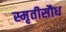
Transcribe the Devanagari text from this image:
स्मृतीसौध